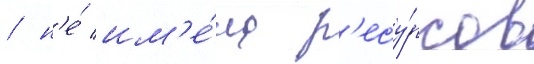
/ н'е́ им'е́ла р'есу́рсов